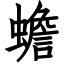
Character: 蟾